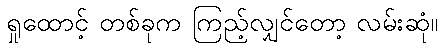
ရှုထောင့် တစ်ခုက ကြည့်လျှင်တော့ လမ်းဆုံ။